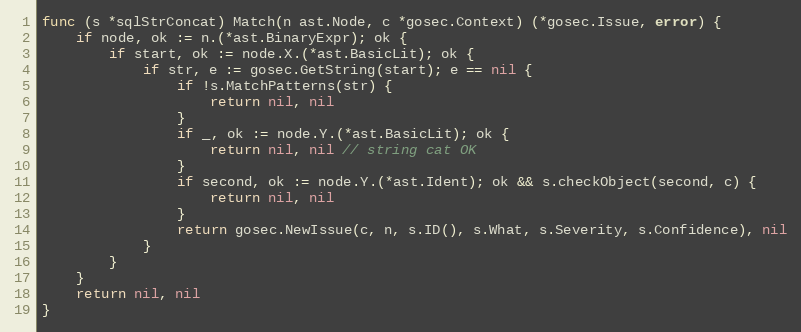
Language: Go
func (s *sqlStrConcat) Match(n ast.Node, c *gosec.Context) (*gosec.Issue, error) {
	if node, ok := n.(*ast.BinaryExpr); ok {
		if start, ok := node.X.(*ast.BasicLit); ok {
			if str, e := gosec.GetString(start); e == nil {
				if !s.MatchPatterns(str) {
					return nil, nil
				}
				if _, ok := node.Y.(*ast.BasicLit); ok {
					return nil, nil // string cat OK
				}
				if second, ok := node.Y.(*ast.Ident); ok && s.checkObject(second, c) {
					return nil, nil
				}
				return gosec.NewIssue(c, n, s.ID(), s.What, s.Severity, s.Confidence), nil
			}
		}
	}
	return nil, nil
}